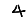
Digit: 4